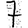
Digit: 7